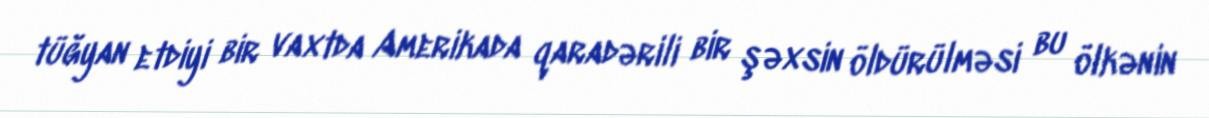
tüğyan etdiyi bir vaxtda Amerikada qaradərili bir şəxsin öldürülməsi bu ölkənin